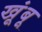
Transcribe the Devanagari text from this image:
खूंबू